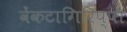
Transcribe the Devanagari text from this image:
वेंकटागिरिप्पा